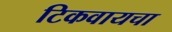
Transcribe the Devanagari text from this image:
टिकवायचा